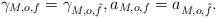
LaTeX: \begin{align*}\gamma_{M, o, f} = \gamma_{M, o, \tilde{f}},a_{M, o, f} = a_{M, o, \tilde{f}}.\end{align*}